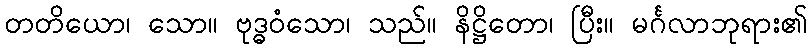
တတိယော၊ သော။ ဗုဒ္ဓဝံသော၊ သည်။ နိဋ္ဌိတော၊ ပြီး။ မင်္ဂလာဘုရား၏